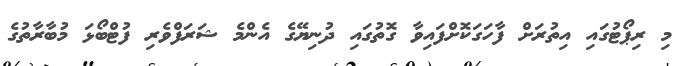
މި ރިޕޯޓުގައި އިތުރަށް ފާހަގަކޮށްފައިވާ ގޮތުގައި ދުނިޔޭގެ އެންމެ ޝަރަފްވެރި ފުޓްބޯޅަ މުބާރާތުގެ